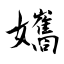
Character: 孈